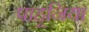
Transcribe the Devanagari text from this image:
पाहूनिया